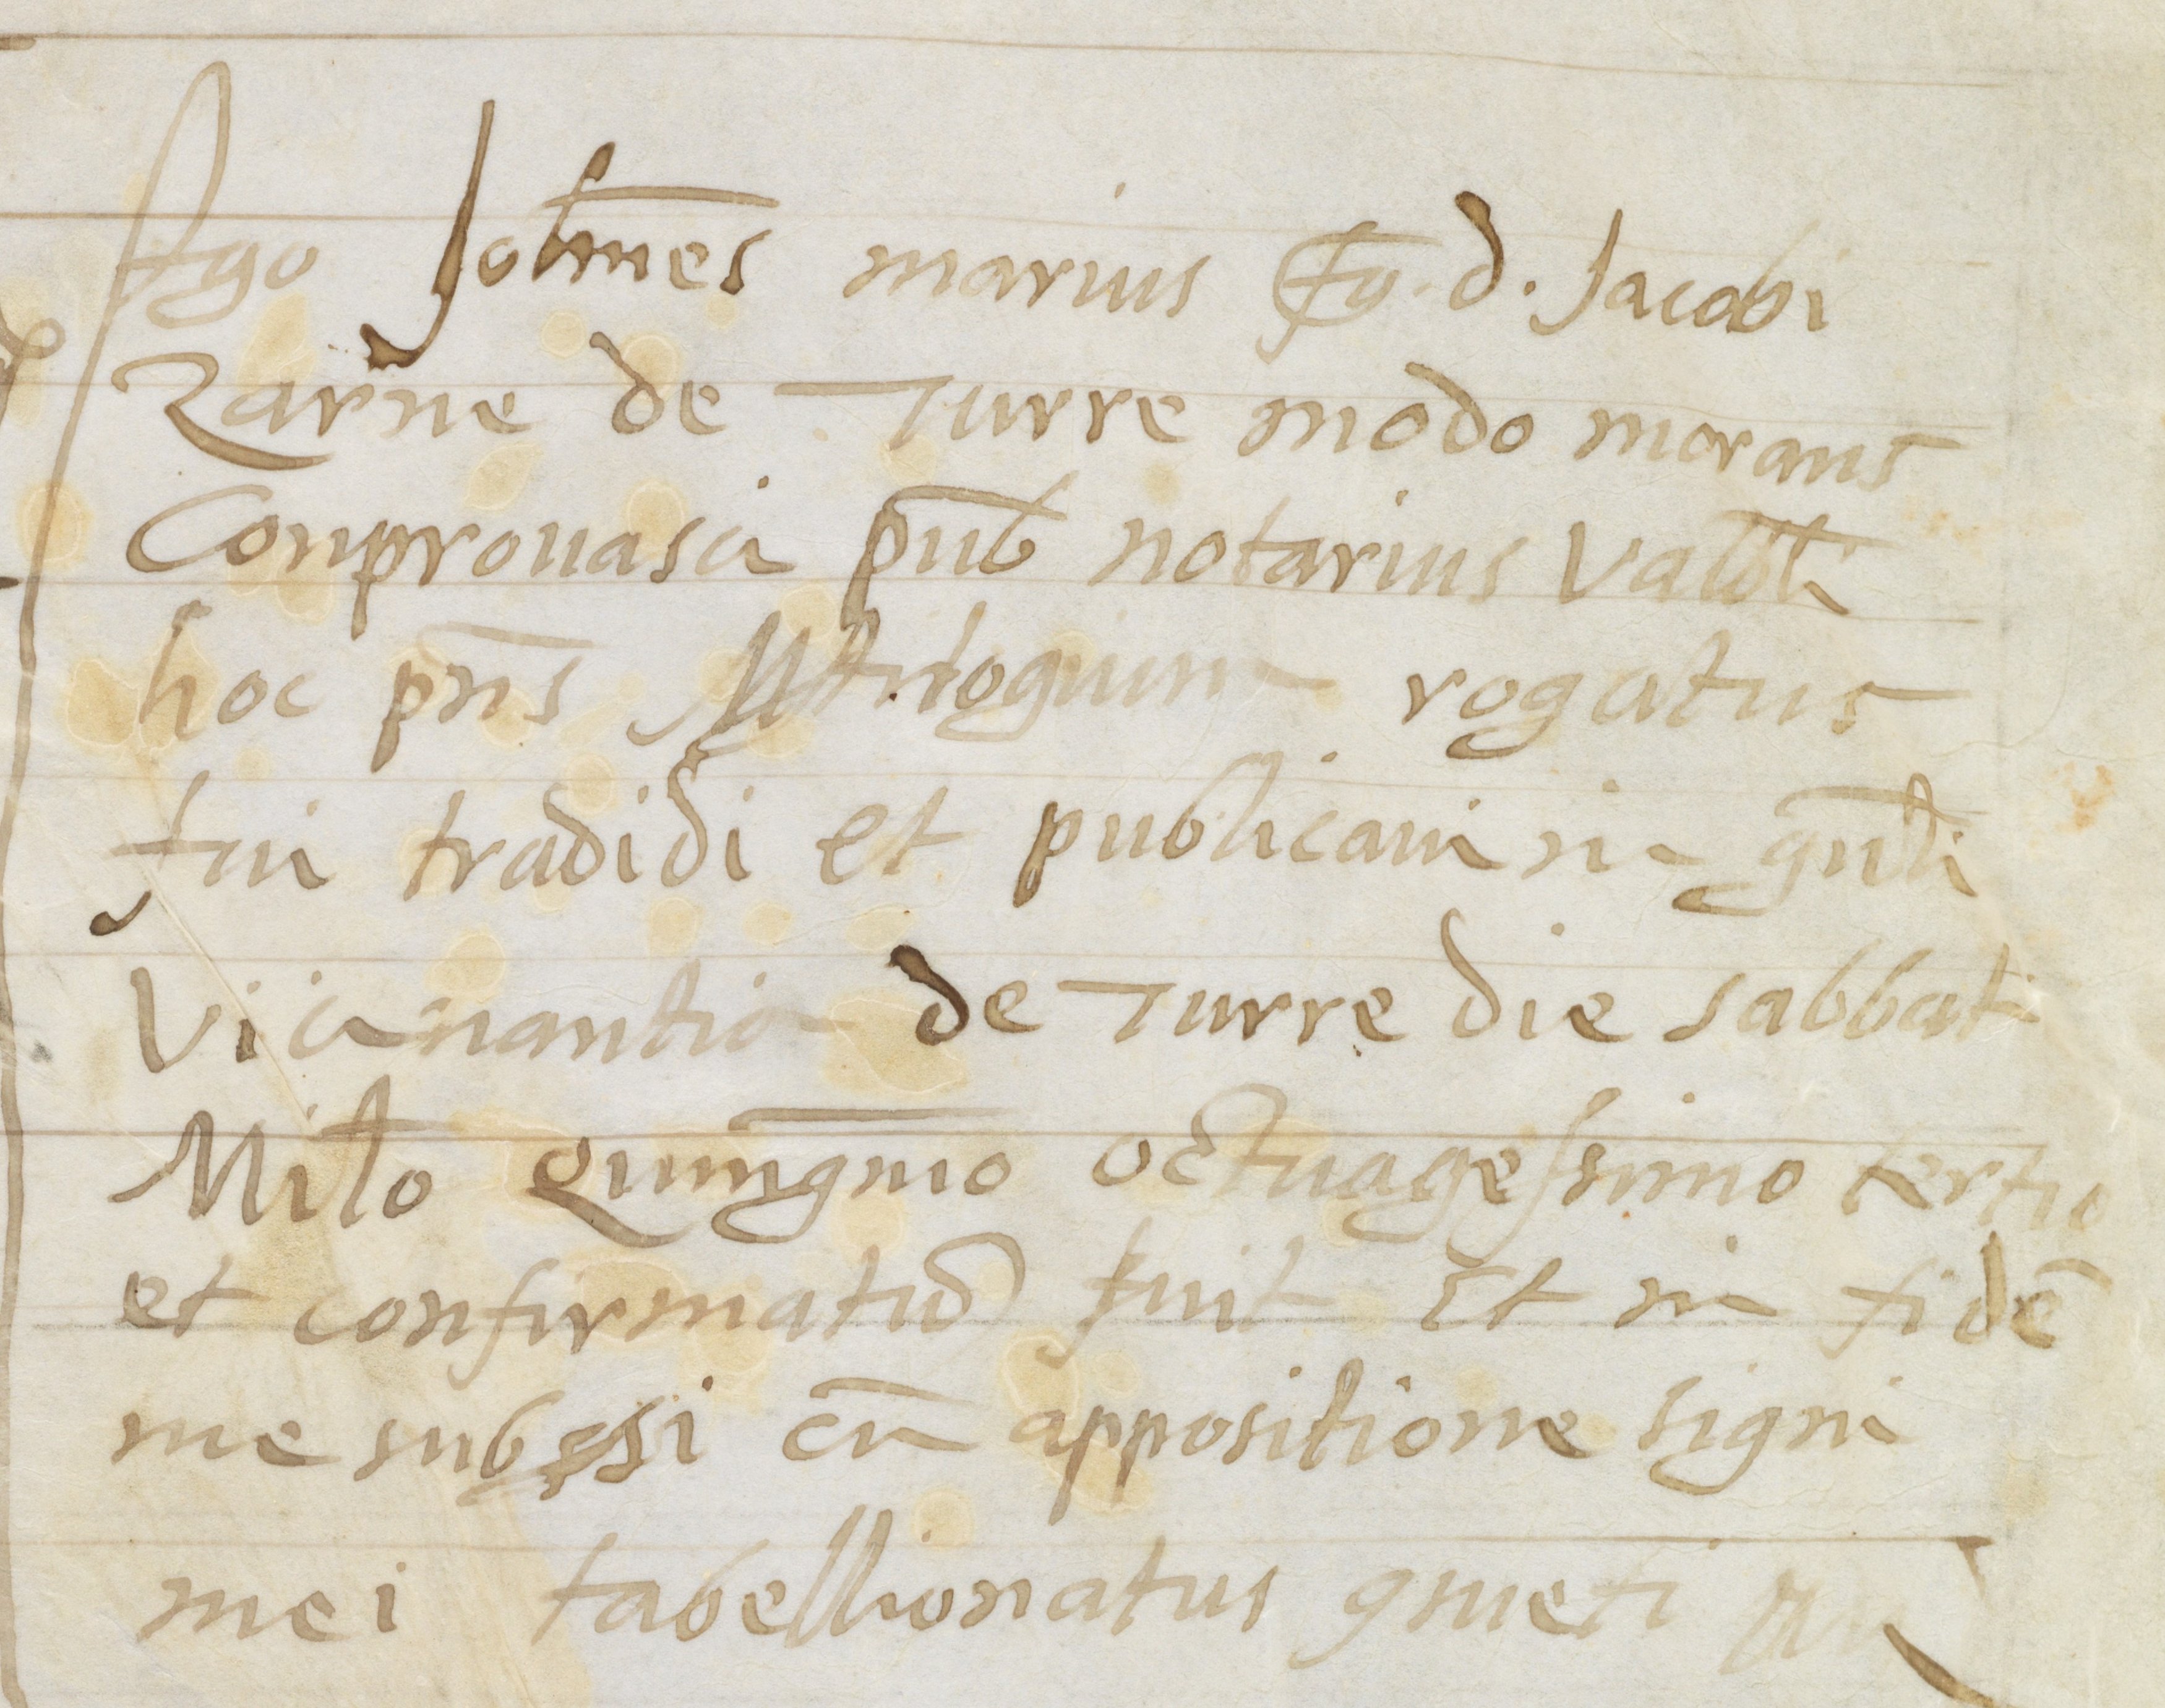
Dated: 1568–1593